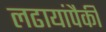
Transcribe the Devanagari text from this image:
लढायांपैकी